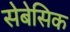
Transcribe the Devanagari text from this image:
सेबेसिक